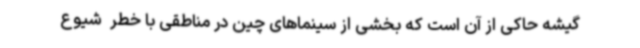
گیشه حاکی از آن است که بخشی از سینماهای چین در مناطقی با خطر ‌ شیوع